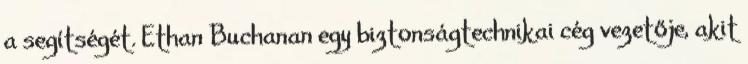
a segítségét. Ethan Buchanan egy biztonságtechnikai cég vezetője, akit